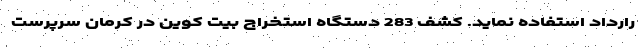
رارداد استفاده نماید. کشف 283 دستگاه استخراج بیت کوین در کرمان سرپرست